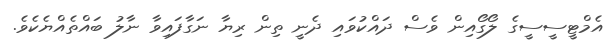
އެމްޓީސީސީގެ ލޯގޯއިން ވެސް ދައްކުވައި ދެނީ ތިން ރިޔާ ނަގާފައިވާ ނާލު ބައްތެއްޔެކެވެ.